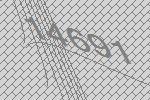
14691